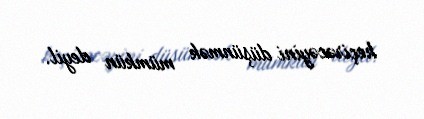
keçirəcəyini düşünmək mümkün deyil.